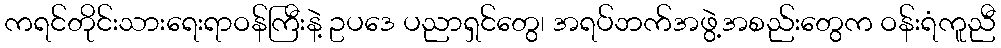
ကရင်တိုင်းသားရေးရာဝန်ကြီးနဲ့ ဥပဒေ ပညာရှင်တွေ၊ အရပ်ဘက်အဖွဲ့အစည်းတွေက ဝန်းရံကူညီ